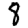
Digit: 8